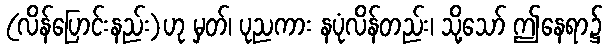
(လိန်ပြောင်းနည်း)ဟု မှတ်၊ ပုညကား နပုံလိန်တည်း၊ သို့သော် ဤနေရာ၌